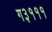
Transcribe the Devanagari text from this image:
ग३१११